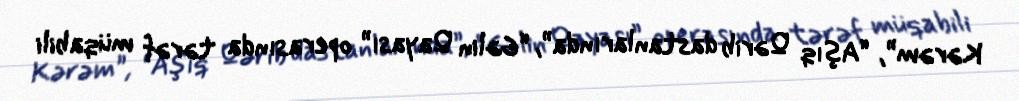
Kərəm”, “Aşıq Qərib dastanlarında”, “Gəlin Qayası” operasında tərəf müqabili